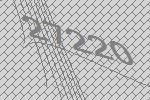
27220